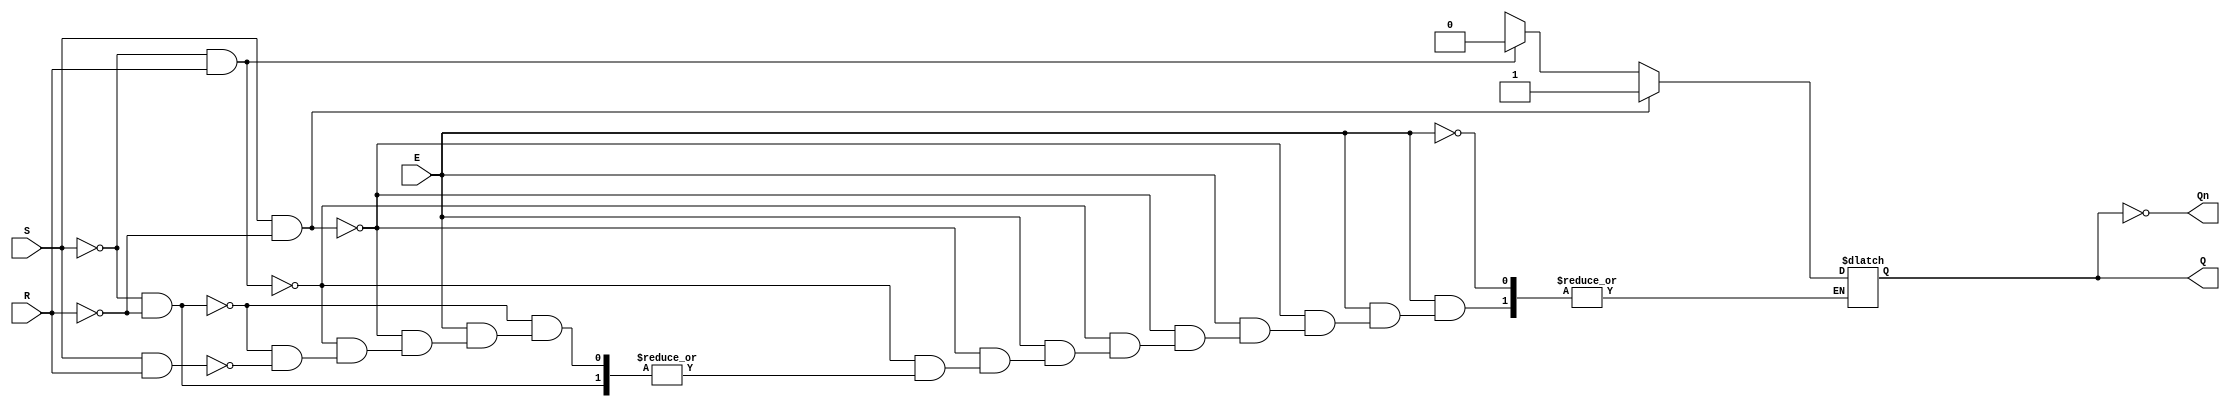
module gated_sr_latch (
    input wire S,      // Set input
    input wire R,      // Reset input
    input wire E,      // Enable input
    output reg Q,      // Output Q
    output wire Qn     // Output Q'
);

// Complement of Q
assign Qn = ~Q;

always @(*) begin
    if (E) begin
        if (S && !R) begin
            Q = 1'b1;  // Set state
        end else if (!S && R) begin
            Q = 1'b0;  // Reset state
        end else if (!S && !R) begin
            // Hold state (Q remains unchanged)
            Q = Q;     // Retain current state
        end else if (S && R) begin
            // Invalid state, typically ignored
            Q = 1'bx;  // Indeterminate state (optional)
        end
    end
    // If E is 0, hold state (Q remains unchanged)
end

endmodule